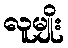
လူမျိုး